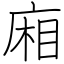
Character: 廂